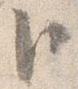
臣